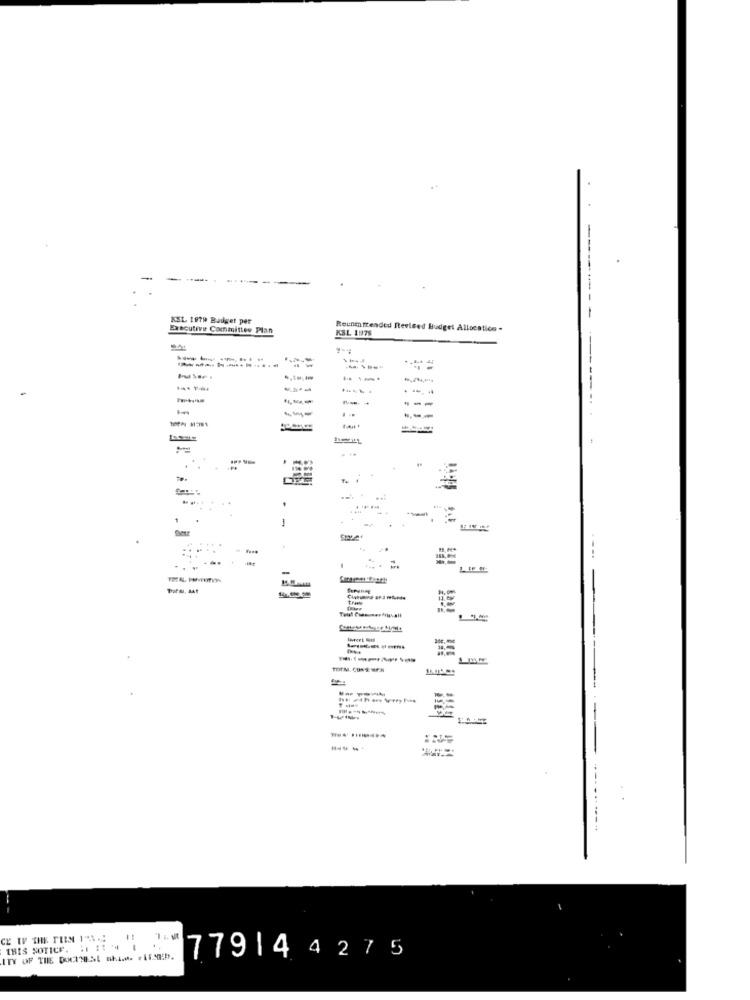
----
KSL 1979 Budget per
--------
Executive Committee Plan
KSL. 1976
Reenmtrended Revised Budget Allocatice -
F
12
1
.. .
------
THEM. CORE wE.H
--
THIS NOTICE. . 1 1: 4 .
ITY OF THE DOCINEESL nhA.M. FLESED.
77914 4275